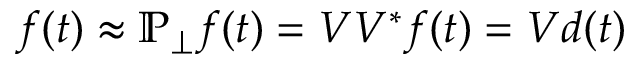
\b { f } ( t ) \approx \mathbb { P } _ { \perp } \b { f } ( t ) = \b { V V } ^ { * } \b { f } ( t ) = \b { V } \b { d } ( t )